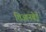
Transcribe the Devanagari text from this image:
शिआनबेई